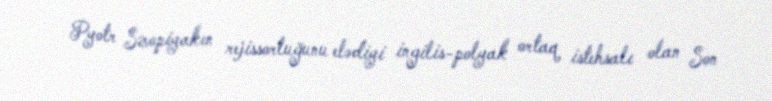
Pyotr Szopiyakın rejissorluğunu elədiyi ingilis-polyak ortaq istehsalı olan Son